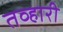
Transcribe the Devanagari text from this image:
तव्हारी